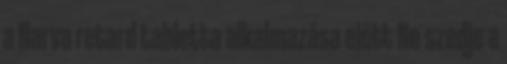
a Narva retard tabletta alkalmazása előtt Ne szedje a